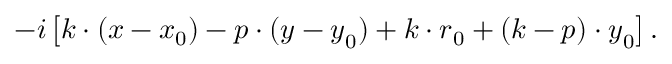
- i \left[ \boldsymbol { k } \cdot ( \boldsymbol { x } - \boldsymbol { x } _ { 0 } ) - \boldsymbol { p } \cdot ( \boldsymbol { y } - \boldsymbol { y } _ { 0 } ) + \boldsymbol { k } \cdot \boldsymbol { r } _ { 0 } + ( \boldsymbol { k } - \boldsymbol { p } ) \cdot \boldsymbol { y } _ { 0 } \right] .